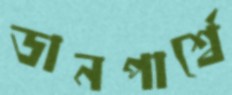
ডানপার্শ্বে